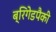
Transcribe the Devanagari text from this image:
ब्रिगेडपैकी